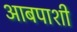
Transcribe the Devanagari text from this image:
आबपाशी